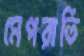
মেপরাতি